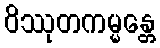
ဝိဿုတကမ္မန္တေ